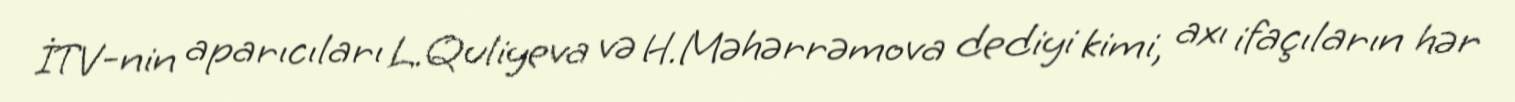
İTV-nin aparıcıları L.Quliyeva və H.Məhərrəmova dediyi kimi, axı ifaçıların hər